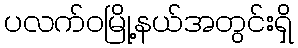
ပလက်ဝမြို့နယ်အတွင်းရှိ